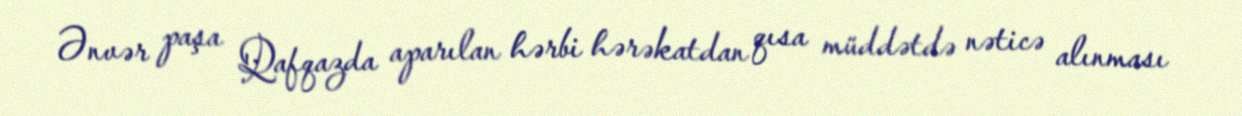
Ənvər paşa Qafqazda aparılan hərbi hərəkatdan qısa müddətdə nəticə alınması